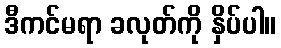
ဒီကင်မရာ ခလုတ်ကို နှိပ်ပါ။